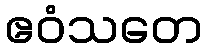
ဧဝံသတေ